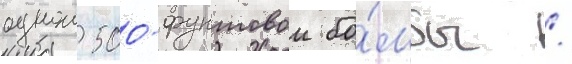
однои 500-фунтовои бо́мбы /